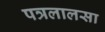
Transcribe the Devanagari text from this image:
पत्रलालसा